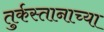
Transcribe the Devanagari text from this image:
तुर्कस्तानाच्या